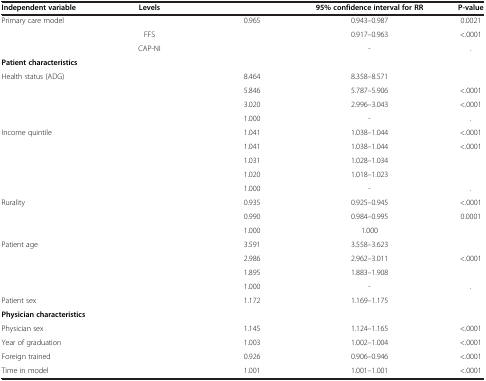
<table><thead><tr><td><b>Independent variable</b></td><td><b>Levels</b></td><td>[EMPTY_CELL]</td><td><b>95% confidence interval for RR</b></td><td><b>P-value</b></td></tr></thead><tbody><tr><td rowspan="3">Primary care model</td><td>[EMPTY_CELL]</td><td>0.965</td><td>0.943–0.987</td><td>0.0021</td></tr><tr><td>FFS</td><td>[EMPTY_CELL]</td><td>0.917–0.963</td><td>&lt;.0001</td></tr><tr><td>CAP-NI</td><td>[EMPTY_CELL]</td><td>-</td><td>.</td></tr><tr><td colspan="5"><b>Patient characteristics</b></td></tr><tr><td>Health status (ADG)</td><td>[EMPTY_CELL]</td><td>8.464</td><td>8.358–8.571</td><td>[EMPTY_CELL]</td></tr><tr><td>[EMPTY_CELL]</td><td>[EMPTY_CELL]</td><td>5.846</td><td>5.787–5.906</td><td>&lt;.0001</td></tr><tr><td>[EMPTY_CELL]</td><td>[EMPTY_CELL]</td><td>3.020</td><td>2.996–3.043</td><td>&lt;.0001</td></tr><tr><td>[EMPTY_CELL]</td><td>[EMPTY_CELL]</td><td>1.000</td><td>-</td><td>.</td></tr><tr><td>Income quintile</td><td>[EMPTY_CELL]</td><td>1.041</td><td>1.038–1.044</td><td>&lt;.0001</td></tr><tr><td>[EMPTY_CELL]</td><td>[EMPTY_CELL]</td><td>1.041</td><td>1.038–1.044</td><td>&lt;.0001</td></tr><tr><td>[EMPTY_CELL]</td><td>[EMPTY_CELL]</td><td>1.031</td><td>1.028–1.034</td><td>[EMPTY_CELL]</td></tr><tr><td>[EMPTY_CELL]</td><td>[EMPTY_CELL]</td><td>1.020</td><td>1.018–1.023</td><td>[EMPTY_CELL]</td></tr><tr><td>[EMPTY_CELL]</td><td>[EMPTY_CELL]</td><td>1.000</td><td>-</td><td>.</td></tr><tr><td>Rurality</td><td>[EMPTY_CELL]</td><td>0.935</td><td>0.925–0.945</td><td>&lt;.0001</td></tr><tr><td>[EMPTY_CELL]</td><td>[EMPTY_CELL]</td><td>0.990</td><td>0.984–0.995</td><td>0.0001</td></tr><tr><td>[EMPTY_CELL]</td><td>[EMPTY_CELL]</td><td>1.000</td><td>1.000</td><td>[EMPTY_CELL]</td></tr><tr><td>Patient age</td><td>[EMPTY_CELL]</td><td>3.591</td><td>3.558–3.623</td><td>[EMPTY_CELL]</td></tr><tr><td>[EMPTY_CELL]</td><td>[EMPTY_CELL]</td><td>2.986</td><td>2.962–3.011</td><td>&lt;.0001</td></tr><tr><td>[EMPTY_CELL]</td><td>[EMPTY_CELL]</td><td>1.895</td><td>1.883–1.908</td><td>[EMPTY_CELL]</td></tr><tr><td>[EMPTY_CELL]</td><td>[EMPTY_CELL]</td><td>1.000</td><td>-</td><td>.</td></tr><tr><td>Patient sex</td><td>[EMPTY_CELL]</td><td>1.172</td><td>1.169–1.175</td><td>[EMPTY_CELL]</td></tr><tr><td colspan="5"><b>Physician characteristics</b></td></tr><tr><td>Physician sex</td><td>[EMPTY_CELL]</td><td>1.145</td><td>1.124–1.165</td><td>&lt;.0001</td></tr><tr><td>Year of graduation</td><td>[EMPTY_CELL]</td><td>1.003</td><td>1.002–1.004</td><td>&lt;.0001</td></tr><tr><td>Foreign trained</td><td>[EMPTY_CELL]</td><td>0.926</td><td>0.906–0.946</td><td>&lt;.0001</td></tr><tr><td>Time in model</td><td>[EMPTY_CELL]</td><td>1.001</td><td>1.001–1.001</td><td>&lt;.0001</td></tr></tbody></table>